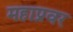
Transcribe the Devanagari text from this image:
महाप्रवर